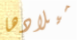
ميلادها